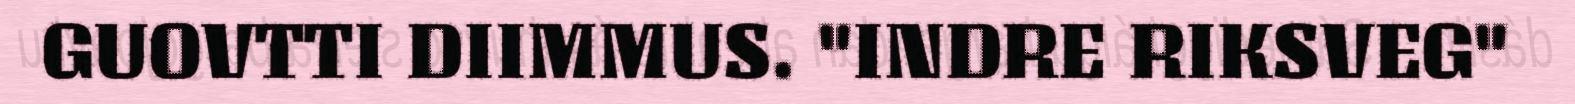
GUOVTTI DIIMMUS. "INDRE RIKSVEG"